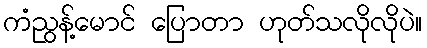
ကံညွန့်မောင် ပြောတာ ဟုတ်သလိုလိုပဲ။